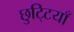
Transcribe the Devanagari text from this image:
छुटि्टयाँ